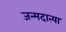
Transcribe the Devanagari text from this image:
जन्मदात्या